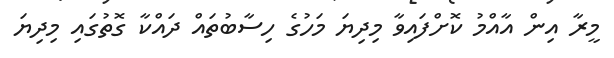
މީރާ އިން އާއްމު ކޮށްފައިވާ މިދިޔަ މަހުގެ ހިސާބުތައް ދައްކާ ގޮތުގައި މިދިޔަ